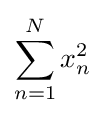
\sum _{n=1}^{N}x_{n}^{2}